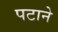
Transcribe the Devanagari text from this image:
पटाने